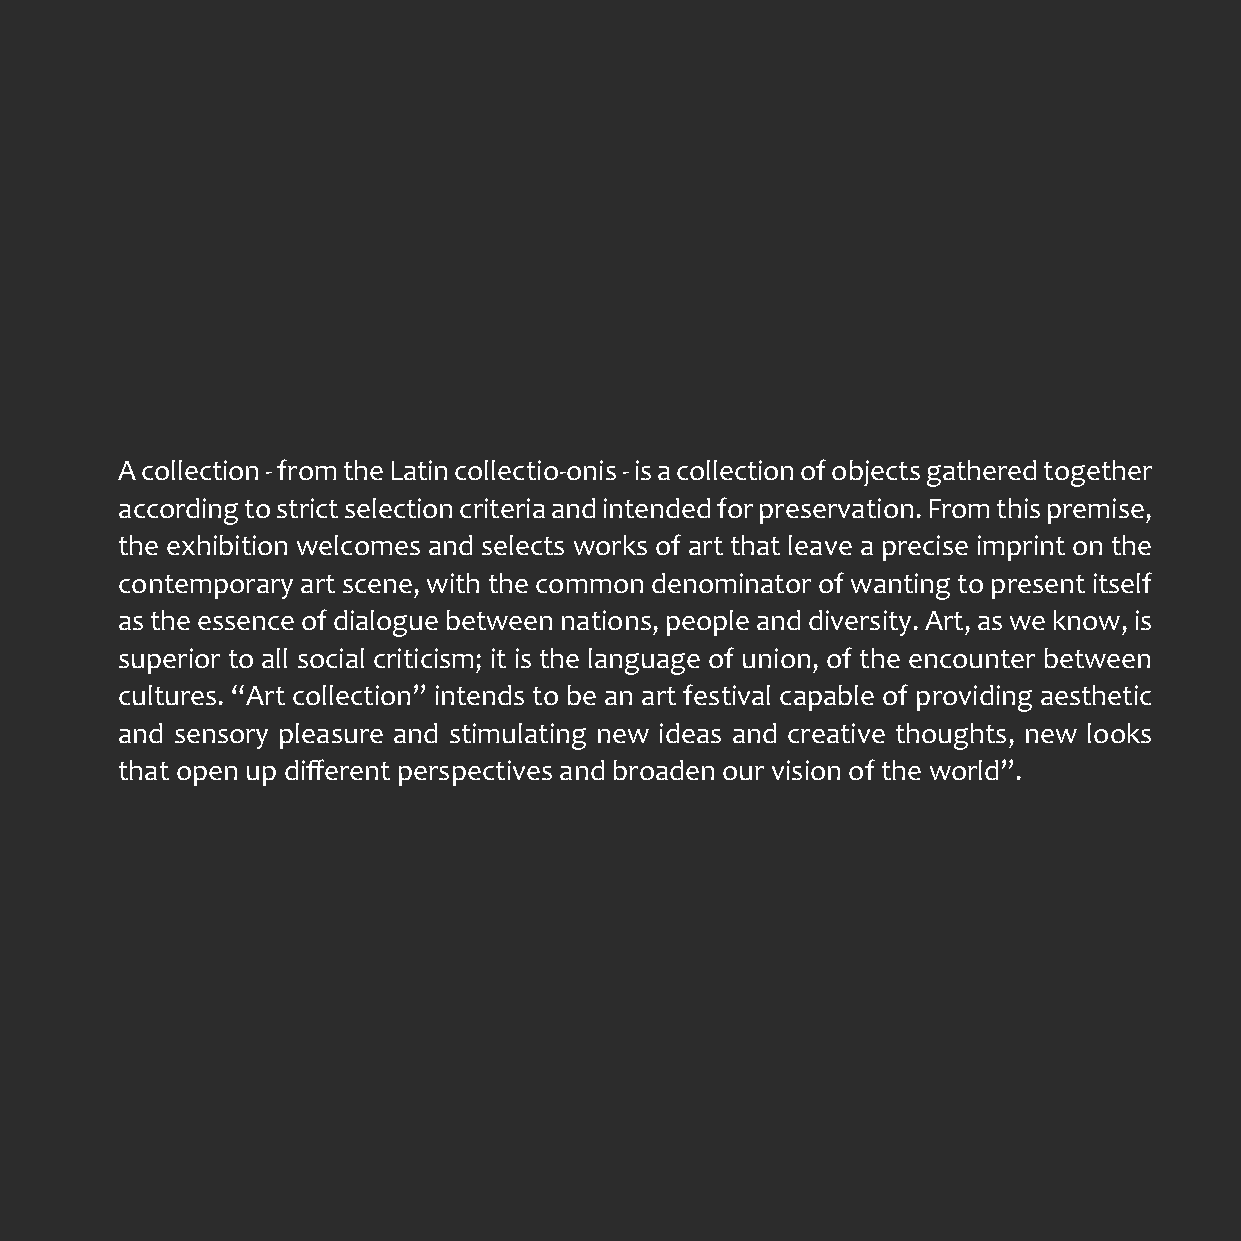
A collection - from the Latin collectio-onis - is a collection of objects gathered together
 according to strict selection criteria and intended for preservation. From this premise,
 the exhibition welcomes and selects works of art that leave a precise imprint on the
 contemporary art scene, with the common denominator of wanting to present itself
 as the essence of dialogue between nations, people and diversity. Art, as we know, is
 superior to all social criticism; it is the language of union, of the encounter between
 cultures. “Art collection” intends to be an art festival capable of providing aesthetic
 and sensory pleasure and stimulating new ideas and creative thoughts, new looks
 that open up different perspectives and broaden our vision of the world”.